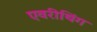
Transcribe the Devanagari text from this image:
एवरीथिंग